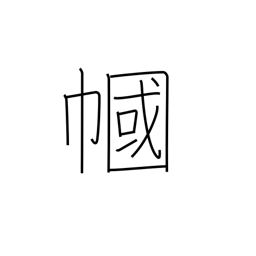
Meaning: veil